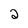
Character: 2